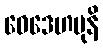
ဝေဒေဟမုနိ